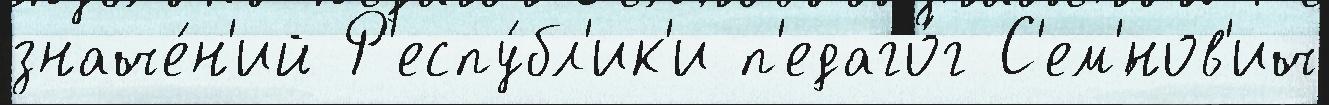
значе́н'ий Р'еспу́бл'ик'и п'едаго́г С'ем'́нов'ич